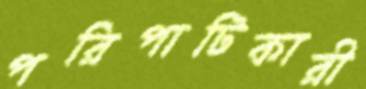
পরিপাটিকারী